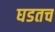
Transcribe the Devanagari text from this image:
घडतच